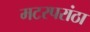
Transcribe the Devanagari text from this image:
मटरपरांठा